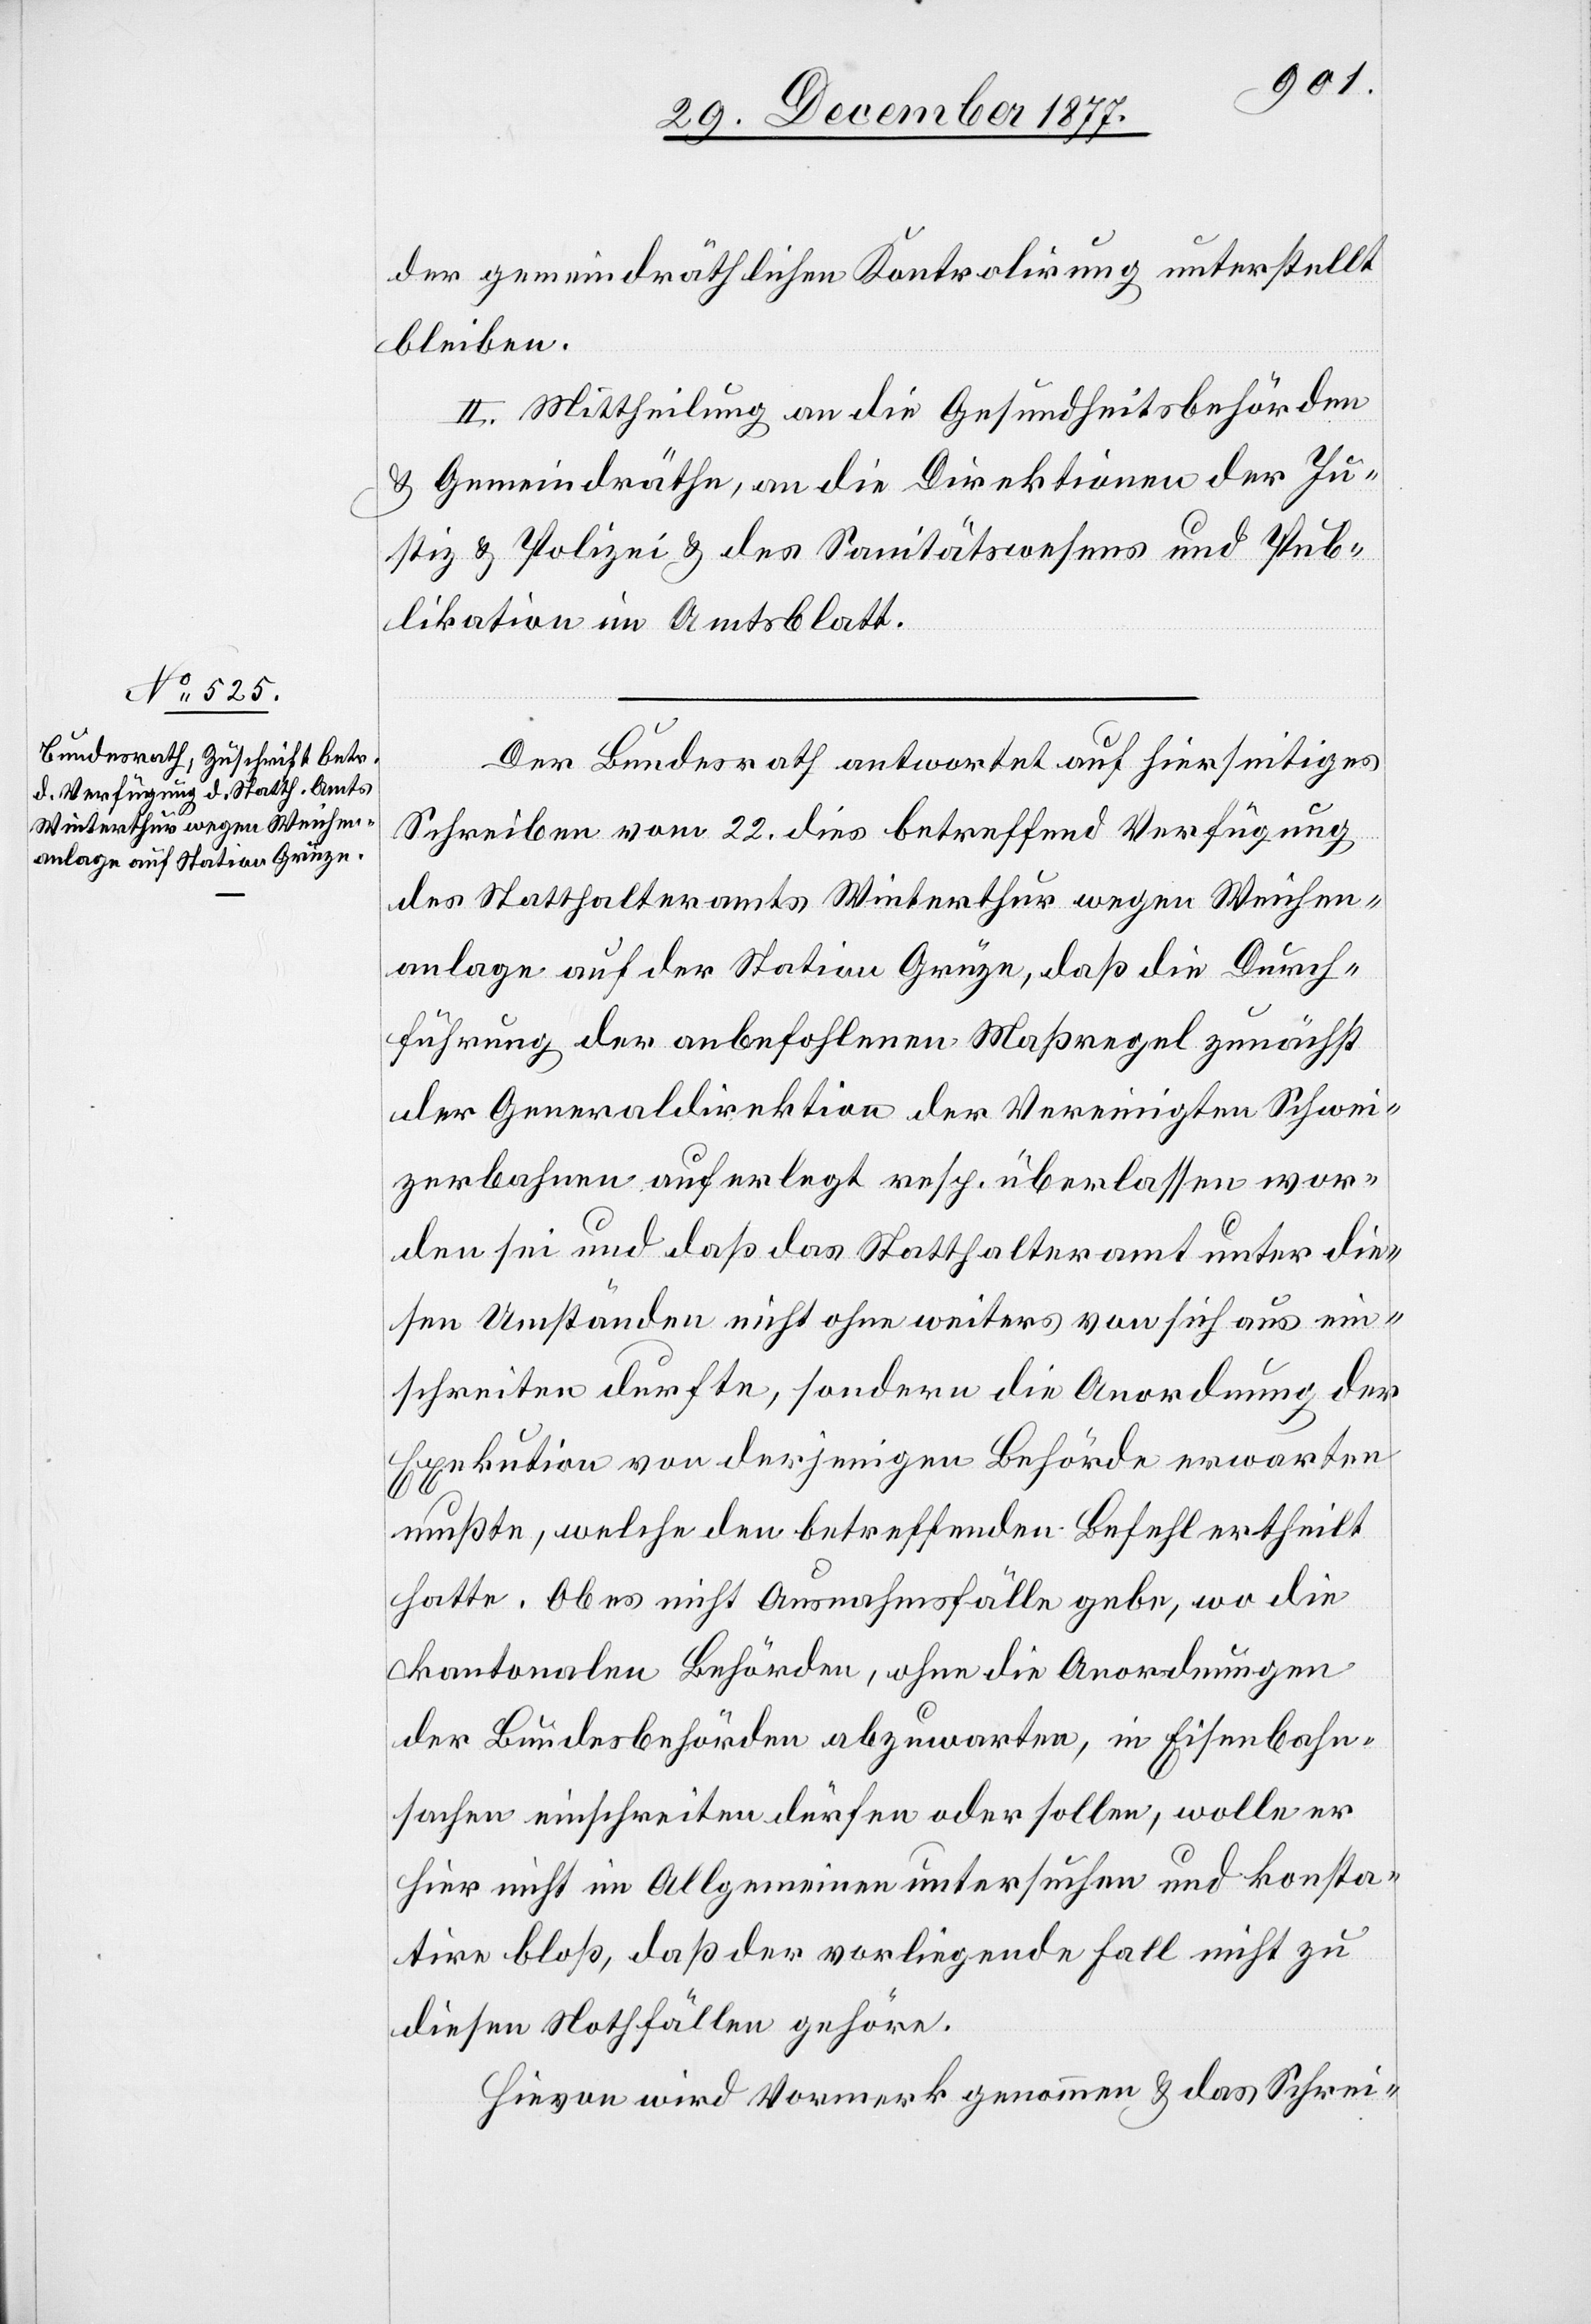
der gemeindräthlichen Kontrolirung unterstellt
bleiben.
II. Mittheilung an die Gesundheitsbehörden
& Gemeindräthe, an die Direktionen der Ju¬
stiz & Polizei & des Sanitätswesens und Pub¬
likation im Amtsblatt.
Der Bundesrath antwortet auf hierseitiges
Schreiben vom 22. dies betreffend Verfügung
des Statthalteramts Winterthur wegen Weichen¬
anlage auf der Station Grüze, daß die Durch¬
führung der anbefohlenen Maßregel zunächst
der Generaldirektion der Vereinigten Schwei¬
zerbahnen auferlegt resp. überlassen wor¬
den sei und daß das Statthalteramt unter die¬
sen Umständen nicht ohne weiters von sich aus ein¬
schreiten durfte, sondern die Anordnung der
Exekution von derjenigen Behörde erwarten
mußte, welche den betreffenden Befehl ertheilt
hatte. Ob es nicht Ausnahmsfälle gebe, wo die
kantonalen Behörden, ohne die Anordnungen
der Bundesbehörden abzuwarten, in Eisenbahn¬
sachen einschreiten dürfen oder sollen, wolle er
hier nicht im Allgemeinen untersuchen und konsta¬
tire bloß, daß der vorliegende Fall nicht zu
diesen Nothfällen gehöre.
Hievon wird Vormerk genommen & das Schrei-